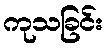
ကုသခြင်း